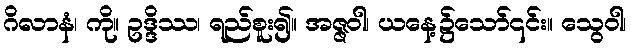
ဂိလာနံ၊ ကို။ ဥဒ္ဒိဿ၊ ရည်စူး၍။ အဇ္ဇဝါ၊ ယနေ့၌သော်၎င်း။ သွေဝါ၊